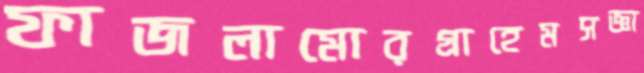
ফাজলামোরগ্রাহেমসজ্ঞা